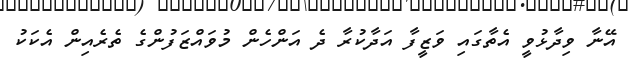
އޭނާ ވިދާޅުވީ އެތާގައި ވަޒީފާ އަދާކުރާ ދެ އަންހެން މުވައްޒަފުންގެ ތެރެއިން އެކަކު